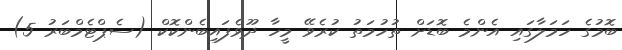
ބޮމުގެ ހަަމަލާގައި އެންމެ ބޮޑަށް ތުހުމަތު ކުރެވޭ މީހާ ދޫވެފައިބެންކޮކް (ސެޕްޓެމްބަރު 5)